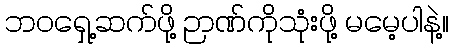
ဘဝရှေ့ဆက်ဖို့ ဉာဏ်ကိုသုံးဖို့ မမေ့ပါနဲ့။